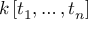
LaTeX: k \left[ t _ { 1 } , \ldots , t _ { n } \right]